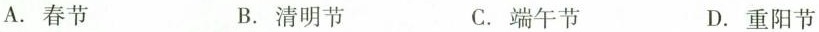
A.春节 B.清明节 C.端午节 D.重阳节